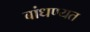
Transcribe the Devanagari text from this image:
बांधण्यत